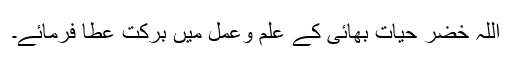
اللہ خضر حیات بھائی کے علم وعمل میں برکت عطا فرمائے۔